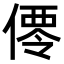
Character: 𬿑